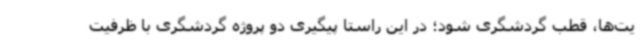
یت‌ها، قطب گردشگری شود؛ در این راستا پیگیری دو پروژه گردشگری با ظرفیت